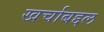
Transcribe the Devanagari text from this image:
खर्चाबद्दल